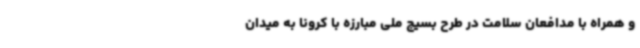
و همراه با مدافعان سلامت در طرح بسیج ملی مبارزه با کرونا به میدان